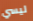
ليسي